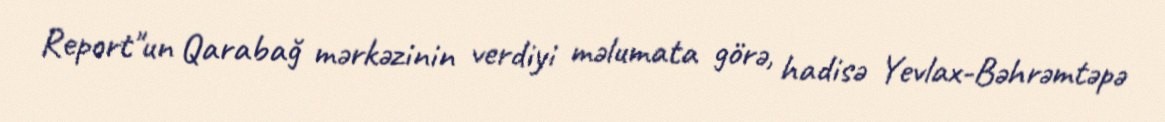
Report"un Qarabağ mərkəzinin verdiyi məlumata görə, hadisə Yevlax-Bəhrəmtəpə